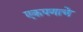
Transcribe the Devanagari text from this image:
एकपणाचे